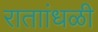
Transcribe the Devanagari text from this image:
राताांधळी